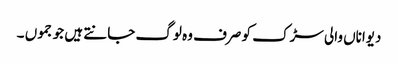
دیواناں والی سڑک کو صرف وہ لوگ جانتے ہیں جو جموں ۔